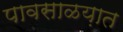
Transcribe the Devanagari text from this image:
पावसाळय़ात